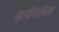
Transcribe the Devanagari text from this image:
ब्लॉगलेख